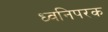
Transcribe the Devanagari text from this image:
ध्वनिपरक